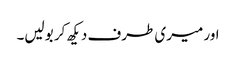
اور میری طرف دیکھ کر بولیں۔